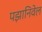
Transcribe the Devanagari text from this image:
पझानिवेल